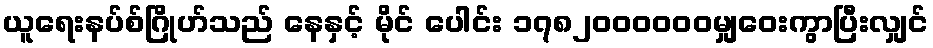
ယူရေးနပ်စ်ဂြိုဟ်သည် နေနှင့် မိုင် ပေါင်း ၁၇၈၂၀၀၀၀၀၀မျှဝေးကွာပြီးလျှင်